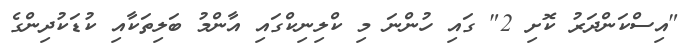
"އިސްކަންދަރު ކޮށި 2" ގައި ހުންނަ މި ކްލިނިކްގައި އާންމު ބަލިތަކާއި ކުޑަކުދިންގެ